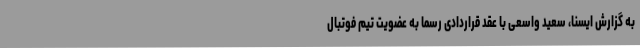
به گزارش ایسنا، سعید واسعی با عقد قراردادی رسماً به عضویت تیم فوتبال